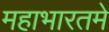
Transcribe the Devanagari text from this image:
महाभारतमे